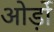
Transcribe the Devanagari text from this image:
ओर्ड़ो